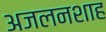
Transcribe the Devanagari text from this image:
अजलनशाह